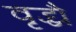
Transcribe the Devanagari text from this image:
वृद्ध्यै